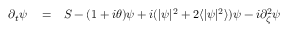
\begin{array} { r l r } { \partial _ { t } \psi } & { { } = } & { S - ( 1 + i \theta ) \psi + i ( | \psi | ^ { 2 } + 2 \langle | \psi | ^ { 2 } \rangle ) \psi - i \partial _ { \zeta } ^ { 2 } \psi } \end{array}